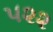
૫૨૨